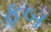
ફબ